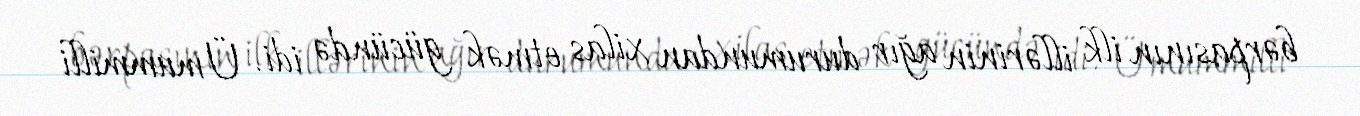
bərpasının ilk illərinin ağır durumundan xilas etmək gücündə idi. Ümummilli